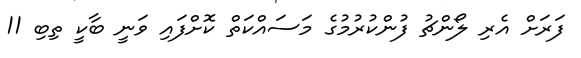
ފަރަށް އެރި ލޯންޗު ފުންކުރުމުގެ މަސައްކަތް ކޮށްފައި ވަނީ ބާކީ ތިބި 11